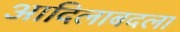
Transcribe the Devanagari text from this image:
आदिलाबदला